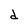
Character: d